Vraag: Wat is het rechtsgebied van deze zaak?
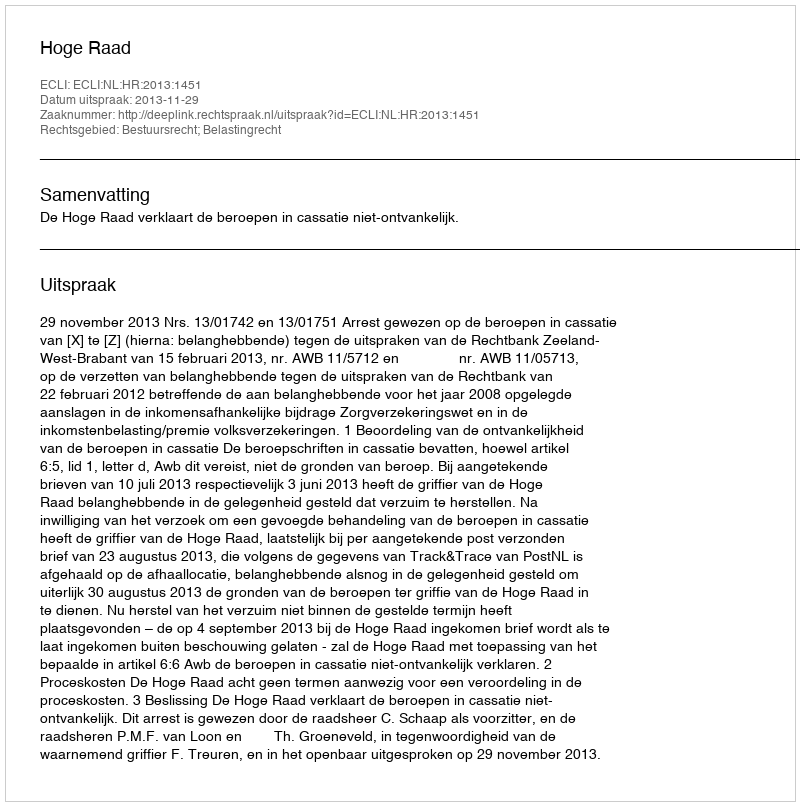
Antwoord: Bestuursrecht; Belastingrecht